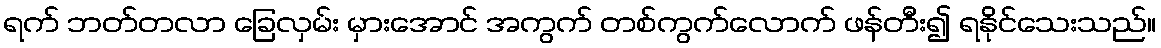
ရက် ဘတ်တလာ ခြေလှမ်း မှားအောင် အကွက် တစ်ကွက်လောက် ဖန်တီး၍ ရနိုင်သေးသည်။